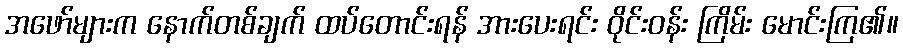
အဖော်များက နောက်တစ်ချက် ထပ်တောင်းရန် အားပေးရင်း ဝိုင်းဝန်း ကြိမ်း မောင်းကြ၏။